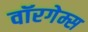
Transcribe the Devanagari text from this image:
वॉरगेम्स